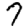
Digit: 7